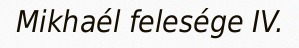
Mikhaél felesége IV.